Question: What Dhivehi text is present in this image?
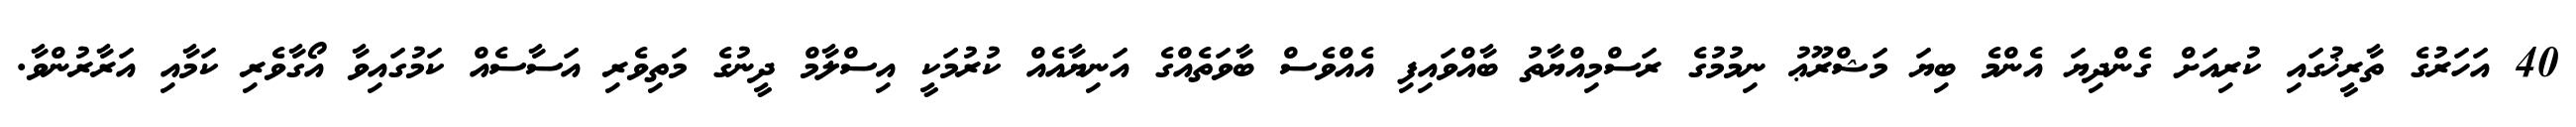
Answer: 40 އަހަރުގެ ތާރީޚުގައި ކުރިއަށް ގެންދިޔަ އެންމެ ބިޔަ މަޝްރޫޢު ނިމުމުގެ ރަސްމިއްޔާތު ބާއްވައިފި އެއްވެސް ބާވަތެއްގެ އަނިޔާއެއް ކުރުމަކީ އިސްލާމް ދީނުގެ މަތިވެރި އަސާސެއް ކަމުގައިވާ އޯގާވެރި ކަމާއި އަރާރުންވާ.